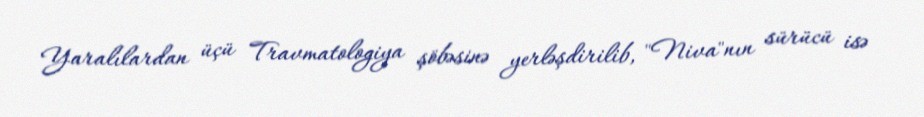
Yaralılardan üçü Travmatologiya şöbəsinə yerləşdirilib, "Niva"nın sürücü isə